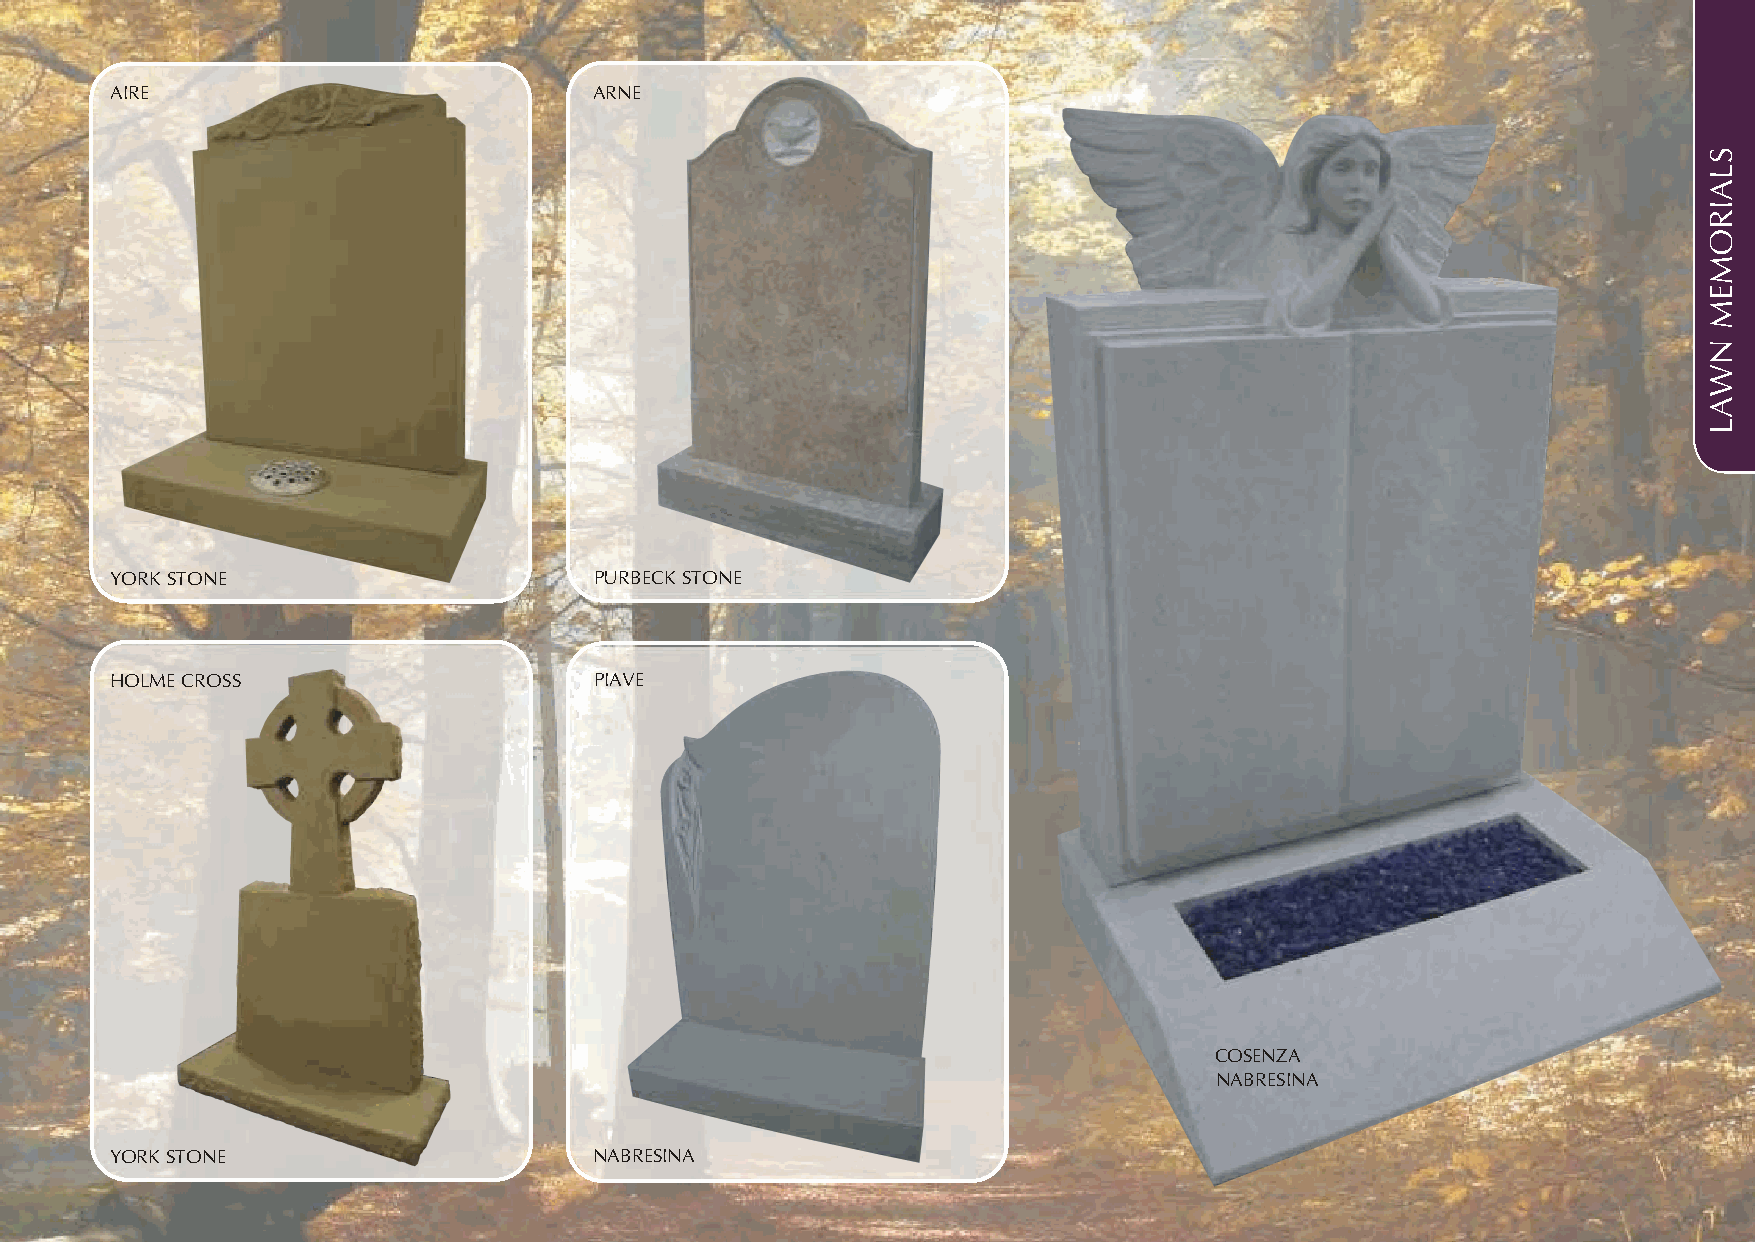
AIRE                            ARNE
 YORK STONE                      PURBECK STONE
 HOLME CROSS                     PIAVE
 COSENZA
 NABRESINA
 YORK STONE                      NABRESINA
 SLAIROMEM
 NWAL